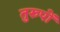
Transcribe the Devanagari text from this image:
तुरुपों